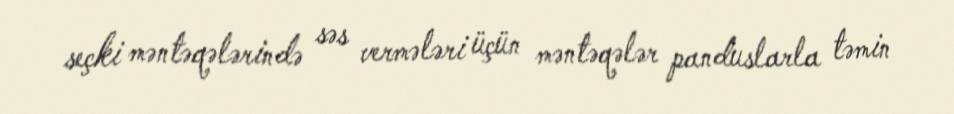
seçki məntəqələrində səs vermələri üçün məntəqələr panduslarla təmin